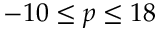
- 1 0 \le p \le 1 8